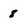
Character: 8